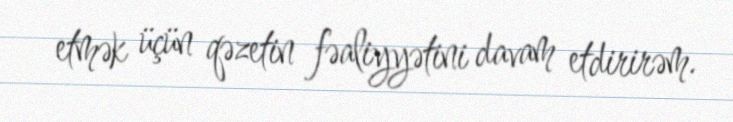
etmək üçün qəzetin fəaliyyətini davam etdirirəm.